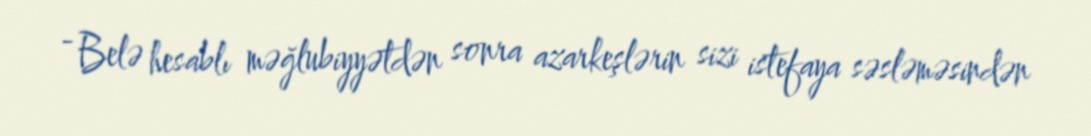
- Belə hesablı məğlubiyyətdən sonra azarkeşlərin sizi istefaya səsləməsindən